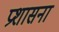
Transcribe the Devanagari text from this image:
प्रशासना